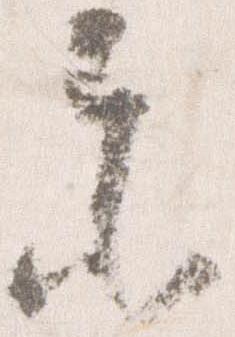
参